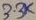
Text: 3.3K